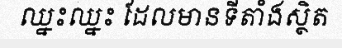
ឈ្នះឈ្នះ ដែលមានទីតាំងស្ថិត